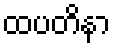
ထပတိနာ